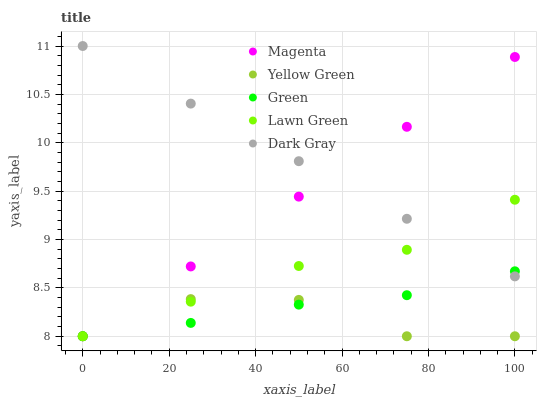
| xaxis_label | Magenta | Yellow Green | Green | Lawn Green | Dark Gray |
 | --- | --- | --- | --- | --- | --- |
 | 0 | 8 | 8 | 8 | 8 | 11 |
 | 25 | 8.72 | 8.38 | 8.14 | 8.36 | 10.4 |
 | 50 | 9.44 | 8.38 | 8.33 | 8.73 | 9.81 |
 | 75 | 10.2 | 8 | 8.42 | 8.89 | 9.21 |
 | 100 | 10.9 | 8 | 8.67 | 9.41 | 8.62 |